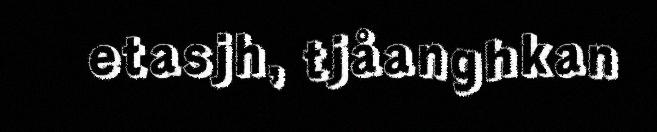
etasjh, tjåanghkan